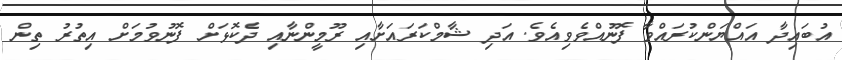
އުބައިދާ އައްޔަންކުރައްވާ ފޮނުއްވެވިއެވެ. އަދި ޝާމްކަރައަށާއި ރޫމީންނާއި ދެކޮޅަށް ފޮނުވުމަށް އިތުރު ތިން